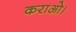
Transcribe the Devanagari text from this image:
कराओ।